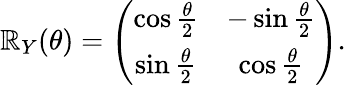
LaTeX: \mathbb{R}_{Y}(\theta)=\left(\begin{array}{cc}{\cos\frac{\theta}{2}}&{-\sin\frac{\theta}{2}}\\ {\sin\frac{\theta}{2}}&{\cos\frac{\theta}{2}}\end{array}\right).